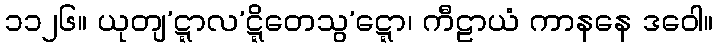
၁၁၂၆။ ယုတျ’ဋ္ဋာလ’ဋ္ဋိတေသွ’ဋ္ဋော၊ ကီဠာယံ ကာနနေ ဒဝေါ။